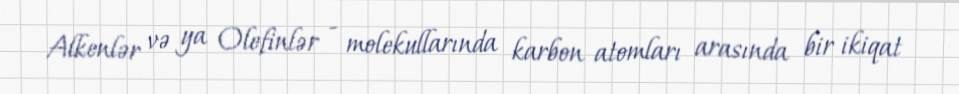
Alkenlər və ya Olefinlər - molekullarında karbon atomları arasında bir ikiqat